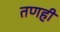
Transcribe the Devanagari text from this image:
तणही